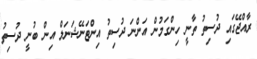
ރާއްޖޭގައި ދުސިތު ތާނީ ހިންގަމުން އަންނަ ދުސިތު އިންޓަނޭޝަނަލް އިން ބުނީ ދުސިތު